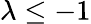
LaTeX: \lambda\leq-1